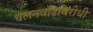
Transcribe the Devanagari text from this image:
चलनवाढविरोधी